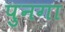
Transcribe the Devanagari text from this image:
पुनगा